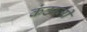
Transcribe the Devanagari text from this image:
कंठाजी